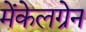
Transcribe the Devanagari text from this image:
मेंकेलग्रेन